system: You are a helpful assistant.
user:
Analyze the provided spectrum to determine if it is a **M-type Giant (gM)**.

A M-type Giant spectrum is defined by its **strong molecular absorption** features, particularly from **Titanium Oxide (TiO)**. You must check for one of the following mutually exclusive signatures:

- **Key Visual Indicators (Absorption-Dominated Spectrum):**

    - **(Primary):** The spectrum is dominated by strong molecular absorption from **Titanium Oxide (TiO)**. This is the **defining feature** of its M-type temperature class.
        - **(Key Bandheads):** Look for sharp, "saw-tooth" absorption valleys. The strongest are located near **~7050 Å**, **~6160 Å**, and **~5170 Å**.
        - **(Line Profile):** The "saw-tooth" morphology is critical: a **sharp, steep drop on the BLUE (short-wavelength) side** of the bandhead, followed by a gradual recovery (rising flux) towards the RED (long-wavelength) side.

    - **(Key Confirmation - Giant vs. Dwarf):** **ABSENCE** of strong **Calcium Hydride (CaH)** molecular bands. This is the primary diagnostic for *excluding* M-dwarfs.
        - **(Key Region):** The spectrum should lack the strong, broad absorption band seen in dwarfs between **~6800 Å and ~7000 Å**.

    - **(Secondary Confirmation - Giant):** A very strong and broad **Neutral Calcium (Ca I)** atomic absorption line.
        - **(Key Line):** Located at **~4226 Å**. In a giant (gM), this line is significantly deeper and broader than the same line in an M-dwarf (dM) due to low surface gravity.

    - **(Overall Spectrum):**
        - The continuum is **extremely red-sloping** (i.e., flux is very low in the blue and rises dramatically towards the red).
        - The entire spectrum appears "chopped up" by the deep TiO bands.

Think first, call **spectral_visualization_tool** if needed to examine features in detail, then provide your final answer. Your response must adhere to the following strict rules:
1.  **Overall Structure:** Your response must follow the format `<think>...</think> <tool_call>...</tool_call> (if a tool is used) <answer>...</answer>`.
2.  **Tool Usage Constraint:** You may only make **one** tool call per turn.
3.  **Final Answer Format:** In the `<answer>` tag, your conclusion must be inside a `\boxed{}` command (e.g., `\boxed{YES}` or `\boxed{NO}`), followed by your justification.

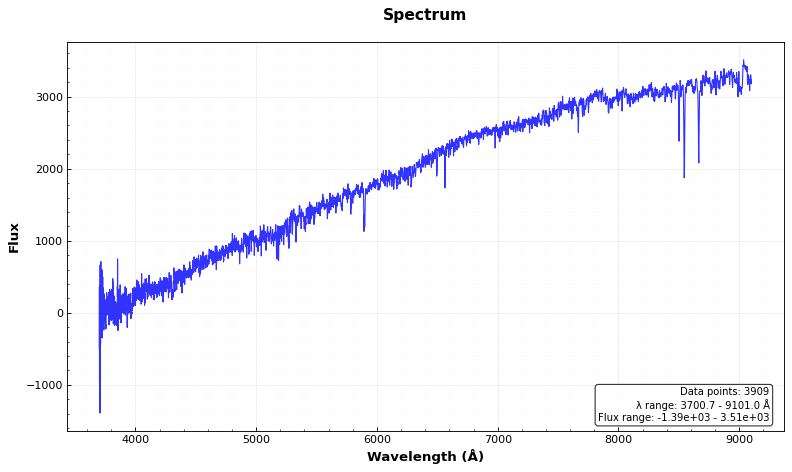
Answer: NO